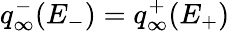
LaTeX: q_{\infty}^{-}(E_{-})=q_{\infty}^{+}(E_{+})